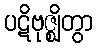
ပဋိဗုဇ္ဈိတွာ